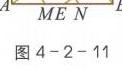
$A\quad M\quad E\quad N\quad L$
图4 - 2 - 11